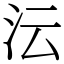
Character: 沄